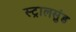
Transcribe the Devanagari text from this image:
स्ट्रालसुंड